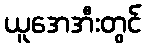
ယူအေအီးတွင်